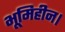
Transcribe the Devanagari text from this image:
भूमिहीन।